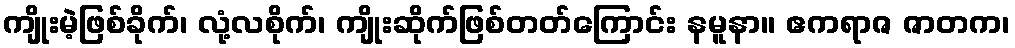
ကျိုးမဲ့ဖြစ်ခိုက်၊ လုံ့လစိုက်၊ ကျိုးဆိုက်ဖြစ်တတ်ကြောင်း နမူနာ။ ဧကရာဇ ဇာတက၊